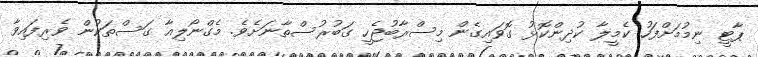
ޕާޓީ ނިމުމަށްފަހު ކެމީލާ ކުދިންކޮޅު ގޮވައިގެން މިސްރާބުޖެހީ ގަބުރުސްތާނަށެވެ. މެގްނޯލިއާ ގަސްތަކުން ވެރިފައިވާ